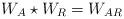
LaTeX: \begin{align*}W_A\star W_R = W_{AR} \end{align*}